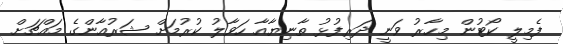
ފެމިލީ ކޯޓުން މިހާރު ވަނީ ދަރިފުޅު ތާނިޔާއާ ހަވާލު ކުރުމަށް ޝަރުއާންގެ މައްޗަށް